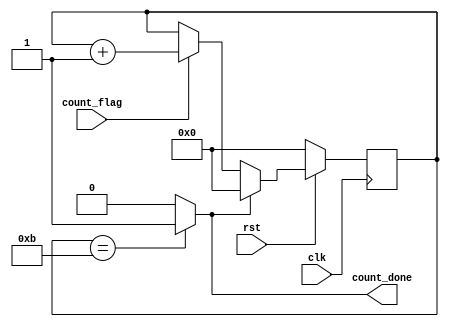
module bit_counter(
	input clk, // 50MHz clock
	input rst,
	input count_flag, // count every shift pulse
	output reg count_done // output pulse count done
);

	reg [3:0]count = 4'h0; // counter register
	
	always @(posedge clk)
		begin
			if(!rst)
				begin
					count <= 4'h0;
				end
			else
				begin
					if(count_flag) // from controller to count bit
						begin
							count <= count + 1'b1;
						end
					if(count_done) // from controller to stop count
						begin
							count <= 4'h0;
						end
				end
		end
		
	always @(count) // use another always to output signal to avoid d type
		begin
			if(count == 4'hB) // 8 bits data + start bit + stop bit + parity bit = 11 bits = B
				begin
					count_done = 1'b1; // count done pulse
				end
			else
				begin
					count_done = 1'b0; // reset count done pulse
				end
		end
		
endmodule